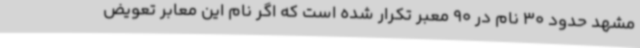
مشهد حدود 30 نام در 90 معبر تکرار شده است که اگر نام این معابر تعویض